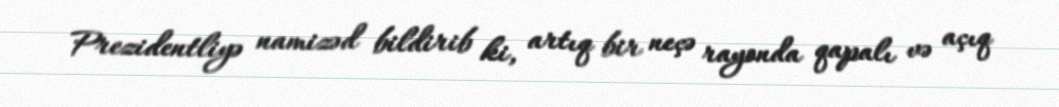
Prezidentliyə namizəd bildirib ki, artıq bir neçə rayonda qapalı və açıq